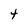
Character: 4